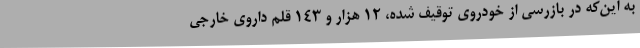
به این‌که در بازرسی از خودروی توقیف شده، 12 هزار و 143 قلم داروی خارجی